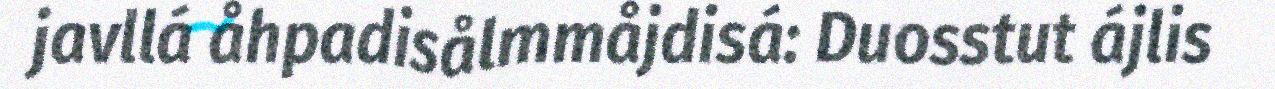
javllá åhpadisålmmåjdisá: Duosstut ájlis